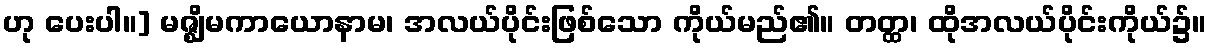
ဟု ပေးပါ။] မဇ္ဈိမကာယောနာမ၊ အလယ်ပိုင်းဖြစ်သော ကိုယ်မည်၏။ တတ္ထ၊ ထိုအလယ်ပိုင်းကိုယ်၌။